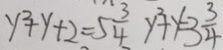
y ^ { 2 } + y + 2 = 5 \frac { 3 } { 4 } y ^ { 2 } + y = 3 \frac { 3 } { 4 }